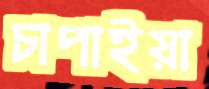
চাপাইয়া